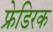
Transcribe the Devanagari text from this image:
फ्रेडिरक